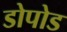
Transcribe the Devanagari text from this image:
डोपोड